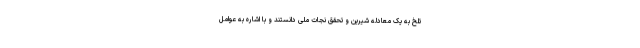
تلخ به یک معادله شیرین و تحقق نجات ملی دانستند و با اشاره به عوامل